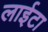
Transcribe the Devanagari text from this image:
लाईटा